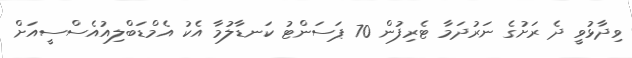
ވިދާޅުވީ ދެ ރަށުގެ ނަރުދަމާ ޓެރިފުން 70 ޕަސަންޓު ކަނޑާލުމާ އެކު އެމްޑަބްލިއުއެސްސީއަށް